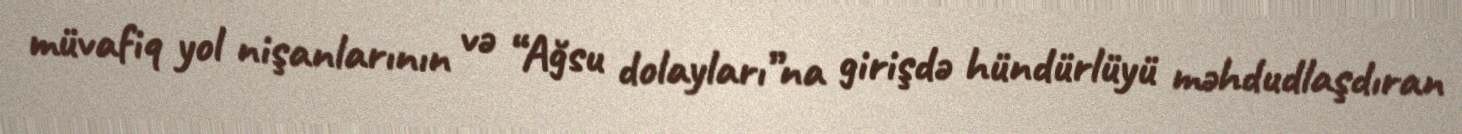
müvafiq yol nişanlarının və “Ağsu dolayları”na girişdə hündürlüyü məhdudlaşdıran